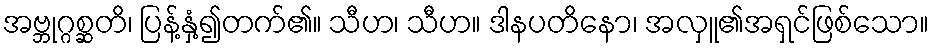
အဗ္ဘုဂ္ဂစ္ဆတိ၊ ပြန့်နှံ့၍တက်၏။ သီဟ၊ သီဟ။ ဒါနပတိနော၊ အလှူ၏အရှင်ဖြစ်သော။